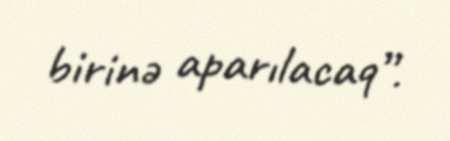
birinə aparılacaq”.